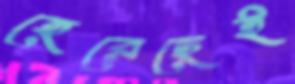
হেরেছেই